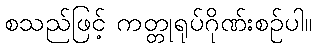
စသည်ဖြင့် ကတ္တုရုပ်ဂိုဏ်းစဉ်ပါ။